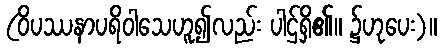
(ဝိပဿနာပရိဝါသေဟူ၍လည်း ပါဌ်ရှိ၏။ ၌ဟုပေး)။